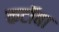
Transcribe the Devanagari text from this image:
कटॉबा